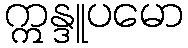
ဣန္ဒူပမော